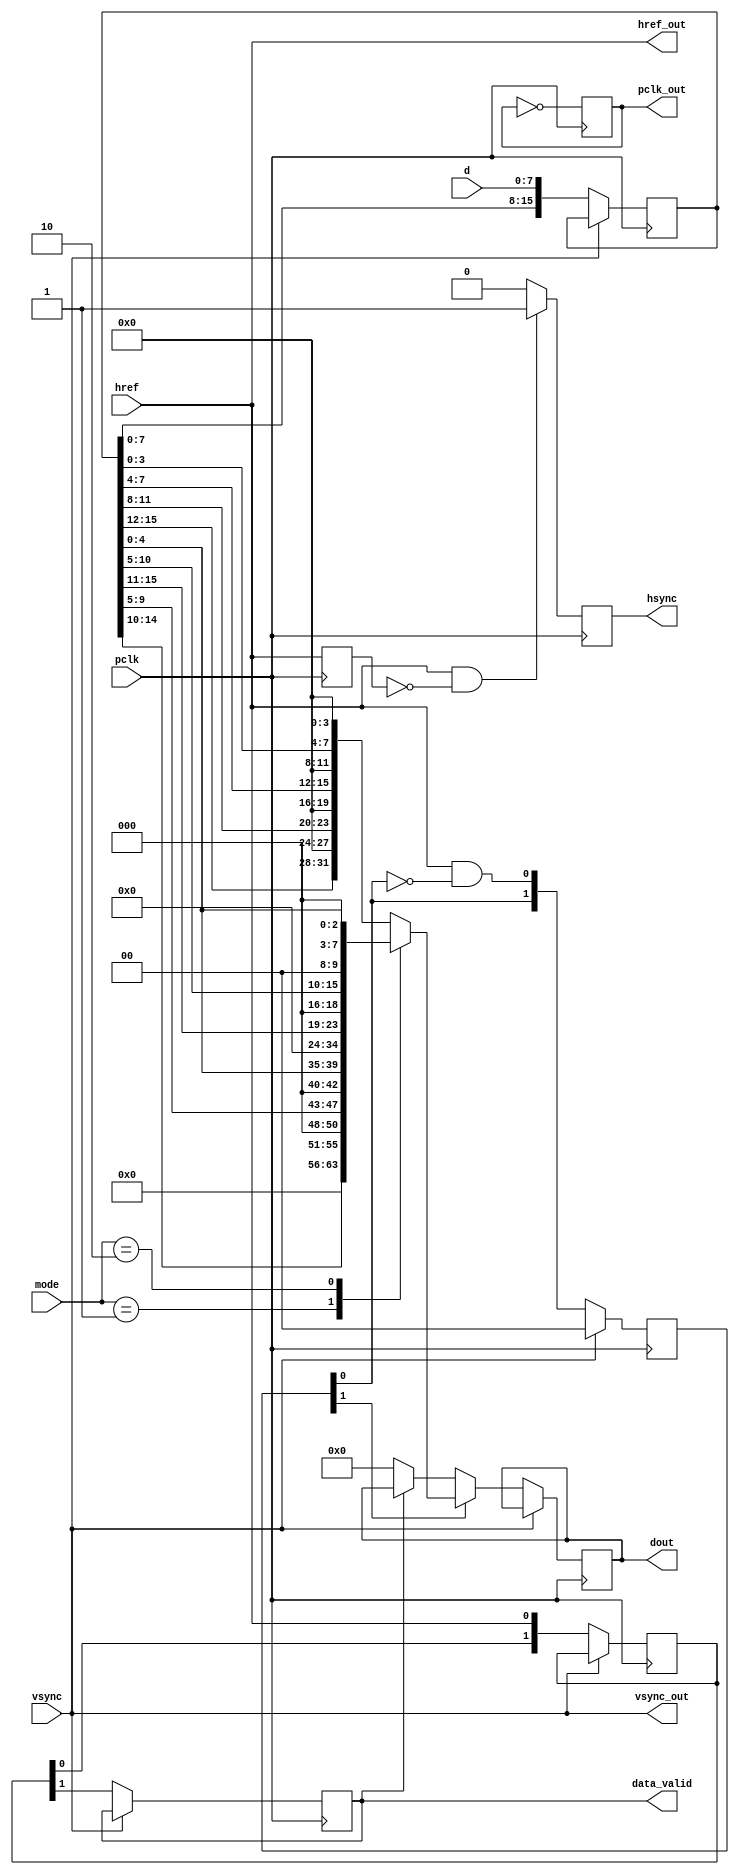
`timescale 1ns / 1ps

module videoin(
	pclk,
	vsync,
	href,
	d,
	vsync_out,
	href_out,
	hsync,
	dout,
	data_valid,
	pclk_out,
	mode
 );
 
 	 input pclk;
     input vsync;
     input href;
     input[7:0] d;
     input [2:0] mode;
     output wire vsync_out;
     output wire href_out;
     output reg hsync;
     output reg[31:0] dout;
     output reg data_valid;
     output reg pclk_out;
     wire [2:0] mode;
 
	reg [15:0] d_latch;
	reg [1:0] wr_hold;  
	reg [1:0] valid_hold;  
	reg href_latch;
		
	initial d_latch = 24'b0;
	initial href_latch = 1'b0;
	initial wr_hold = 2'b0;
	initial valid_hold = 2'b0;
	initial pclk_out =1'b0;   

	assign vsync_out = vsync;
	assign href_out = href;

always@(posedge pclk)begin 
	if( vsync == 1) begin
		  wr_hold <=  2'b0;
		  end
	else begin
		  data_valid <= valid_hold[1];  // hold data valid through one line
		  wr_hold <= {wr_hold[0] , (href &&( ! wr_hold[0])) };
		  valid_hold <= {valid_hold[0] , href };
		  d_latch <= {d_latch[7:0] , d};

		  if (wr_hold[1] ==1 )begin  // output new pixel
		      case (mode)
		          3'b000: dout[31:0]  <= {d_latch[15:12], 4'b0, d_latch[11:8] , 4'b0, d_latch[7:4], 4'b0, d_latch[3:0], 4'b0};
		          3'b001: dout[31:0]  <= {8'b0, d_latch[14:10] , 3'b0, d_latch[9:5], 3'b0, d_latch[4:0], 3'b0};
		          3'b010: dout[31:0]  <= {8'b0, d_latch[15:11] , 3'b0, d_latch[10:5], 2'b0, d_latch[4:0], 3'b0};
		          default: dout[31:0]  <= {d_latch[15:12], 4'b0, d_latch[11:8] , 4'b0, d_latch[7:4], 4'b0, d_latch[3:0], 4'b0};
              endcase
		  end
		  else begin
		      if (data_valid == 1) begin // hold old data
		          dout <= dout;
              end
              else begin // no data
                dout <= 32'b0;
              end
          end

	  end;
	
	  	href_latch <= href;
        if (href && (!href_latch) == 1) begin
            hsync <= 1; 
        end
        else begin
            hsync <= 0;
        end
	  
	 end
	 
always@(negedge pclk)begin
    pclk_out = !pclk_out;
end

endmodule